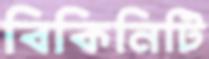
বিকিনিটি